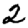
Digit: 2